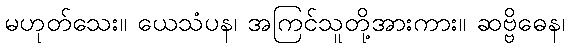
မဟုတ်သေး။ ယေသံပန၊ အကြင်သူတို့အားကား။ ဆဗ္ဗိဓေန၊